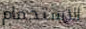
الاستحمام